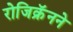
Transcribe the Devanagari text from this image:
रोजिक्रॅनने